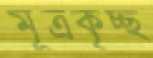
মূত্রকৃচ্ছ